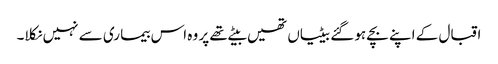
اقبال کے اپنے بچے ہو گئے بیٹیاں تھیں بیٹے تھے پر وہ اس بیما ری سے نہیں نکلا۔